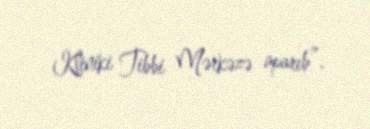
Kliniki Tibbi Mərkəzə aparıb”.